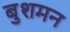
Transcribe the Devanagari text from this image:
बुशमन